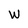
Character: W